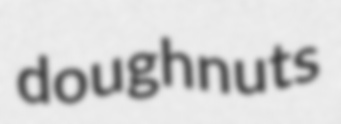
doughnuts